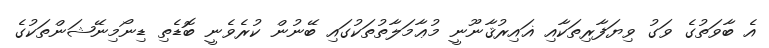
އެ ބާވަތުގެ ވަގު ވިޔަފާރިތަކާއި ޣައިރުޤާނޫނީ މުޢާމަލާތުތަކުގައި ބޭނުން ކުރެވެނީ ބޮޑެތި ޑިނޯމިނޭޝަންތަކުގެ